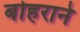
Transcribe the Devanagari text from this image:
बोहराने